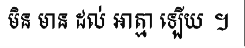
មិន មាន ដល់ អាត្មា ឡើយ ។